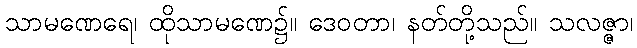
သာမဏေရေ၊ ထိုသာမဏေ၌။ ဒေဝတာ၊ နတ်တို့သည်။ သလဇ္ဇာ၊